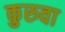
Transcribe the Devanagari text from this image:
कुरुवा